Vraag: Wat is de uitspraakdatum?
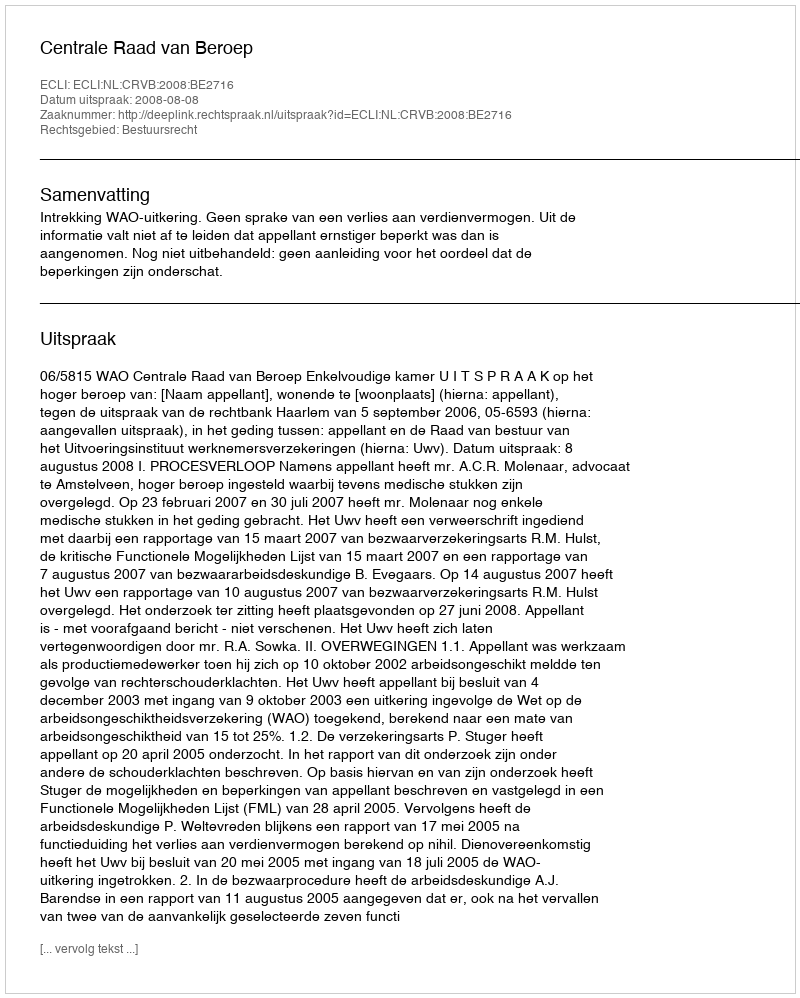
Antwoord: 2008-08-08